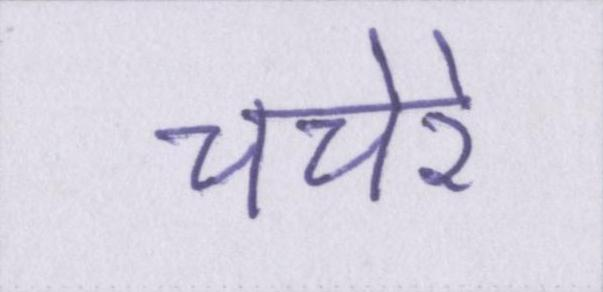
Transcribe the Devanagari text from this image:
चचेरे